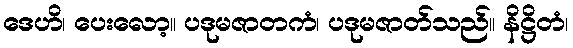
ဒေဟိ၊ ပေးလော့။ ပဒုမဇာတကံ၊ ပဒုမဇာတ်သည်။ နိဋ္ဌိတံ၊